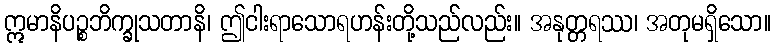
ဣမာနိပဉ္စဘိက္ခုသတာနိ၊ ဤငါးရာသောရဟန်းတို့သည်လည်း။ အနုတ္တရဿ၊ အတုမရှိသော။